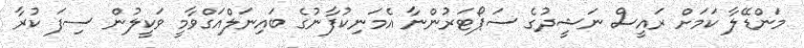
މަންޑޭލާ ކަމަށް ރައީސް ނަޝީދުގެ ސަޕޯޓަރުންނާ އެމަނިކުފާނުގެ ބައިނަލްއަގްވާމީ ވަކީލުން ސިފަ ކުރާ